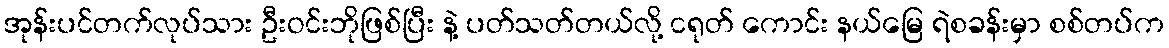
အုန်းပင်တက်လုပ်သား ဦးဝင်းဘိုဖြစ်ပြီး နဲ့ ပတ်သတ်တယ်လို့ ငရုတ် ကောင်း နယ်မြေ ရဲစခန်းမှာ စစ်တပ်က